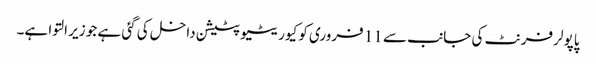
پاپولر فرنٹ کی جانب سے 11 فروری کو کیوریٹیو پٹیشن داخل کی گئی ہے جو زیر التوا ہے۔